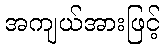
အကျယ်အားဖြင့်